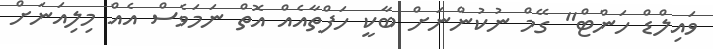
ވައިލްޑް ހަންޓް" ގޭމް ނުކުންނަށް ބާކީ ހަފްތާއެއް އޮތް ނަމަވެސް އެއް މިލިއަނަށް